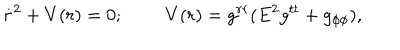
LaTeX: \dot { r } ^ { 2 } + V ( r ) = 0 ; \; \; V ( r ) = g ^ { r r } ( E ^ { 2 } g ^ { t t } + g _ { \phi \phi } ) ,